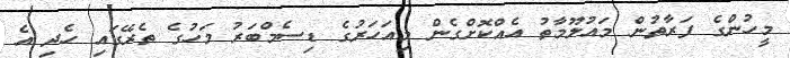
މީހުންގެ ފަރާތުން މައުލޫމާތު އެއްކޮށްގެން މިއަހަރުގެ ޑިސެމްބަރު މަހުގެ ތެރޭގައި ހެދި އެ